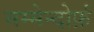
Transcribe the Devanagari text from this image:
मम्मेन्दोर्फ़